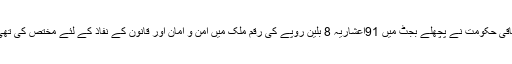
وفاقی حکومت نے پچھلے بجٹ میں 91اعشاریہ 8 بلین روپے کی رقم ملک میں امن و امان اور قانون کے نفاذ کے لئے مختص کی تھی ۔